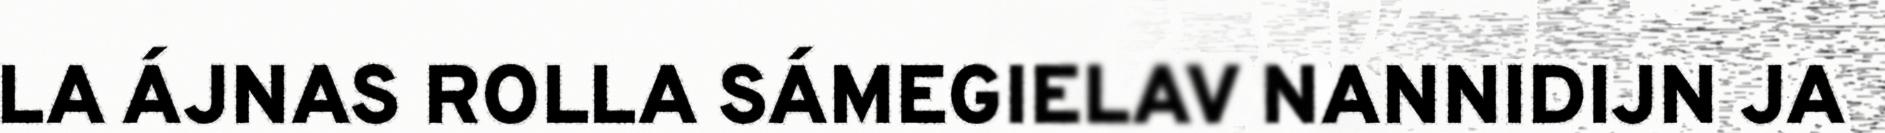
LA ÁJNAS ROLLA SÁMEGIELAV NANNIDIJN JA